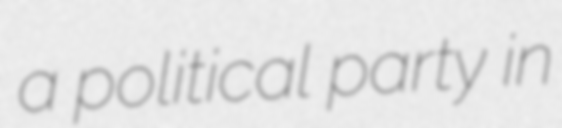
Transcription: a political party in